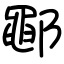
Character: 鄳